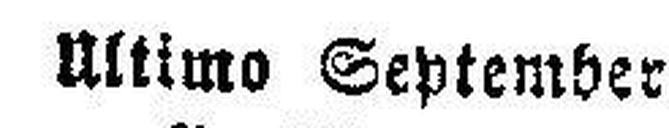
Ultimo September